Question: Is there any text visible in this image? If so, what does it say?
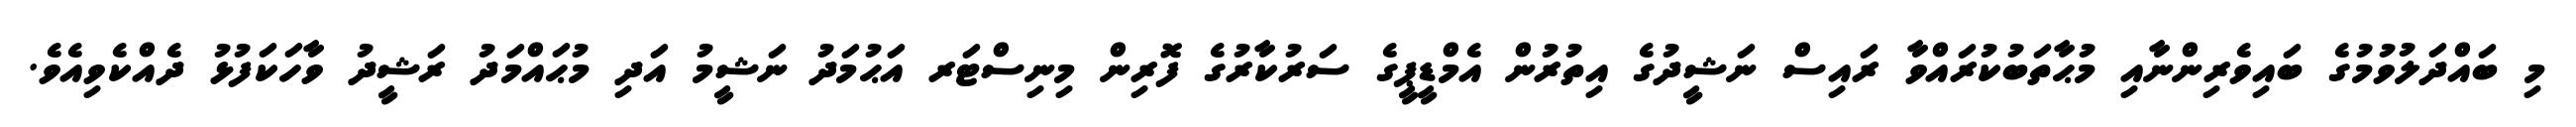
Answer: މި ބައްދަލުވުމުގެ ބައިވެރިންނާއި މުޙާތަބުކުރައްވާ ރައިސް ނަޝީދުގެ އިތުރުން އެމްޑީޕީގެ ސަރުކާރުގެ ފޮރިން މިނިސްޓަރ އަޙުމަދު ނަޝީމު އަދި މުޙައްމަދު ރަޝީދު ވާހަކަފުޅު ދެއްކެވިއެވެ.